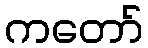
ကတော်